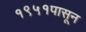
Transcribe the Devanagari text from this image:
१९५१पासून